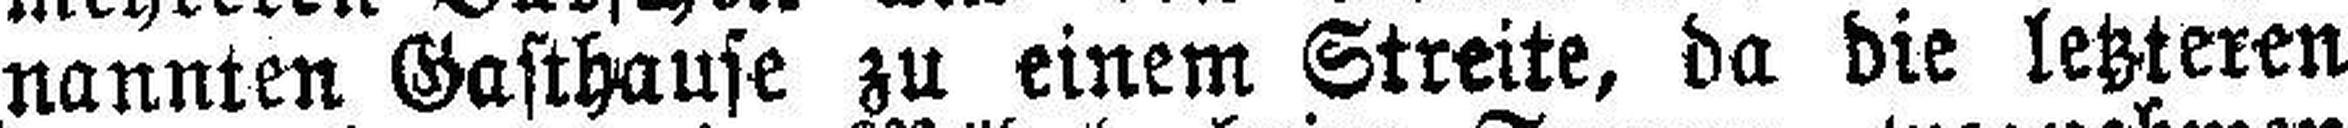
nannten Gasthause zu einem Streite, da die letzteren